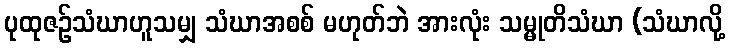
ပုထုဇဉ်သံဃာဟူသမျှ သံဃာအစစ် မဟုတ်ဘဲ အားလုံး သမ္မုတိသံဃာ (သံဃာလို့